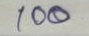
100